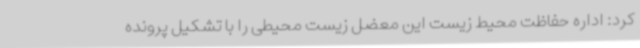
کرد: اداره حفاظت محیط زیست این معضل زیست محیطی را با تشکیل پرونده